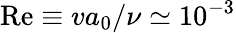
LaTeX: \mathrm{Re}\equiv va_{0}/\nu\simeq 10^{-3}